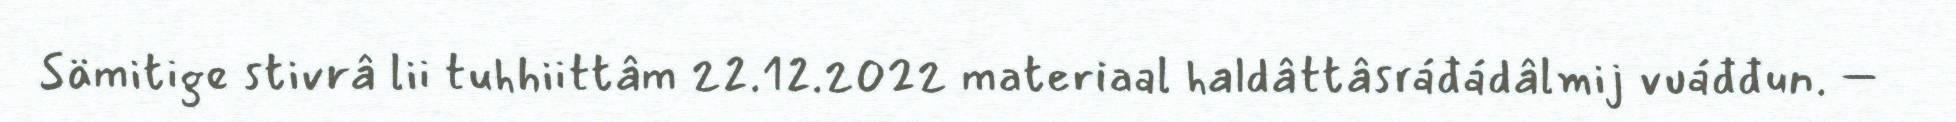
Sämitige stivrâ lii tuhhiittâm 22.12.2022 materiaal haldâttâsráđádâlmij vuáđđun. –